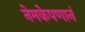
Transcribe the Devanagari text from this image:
नेमकेपणानं